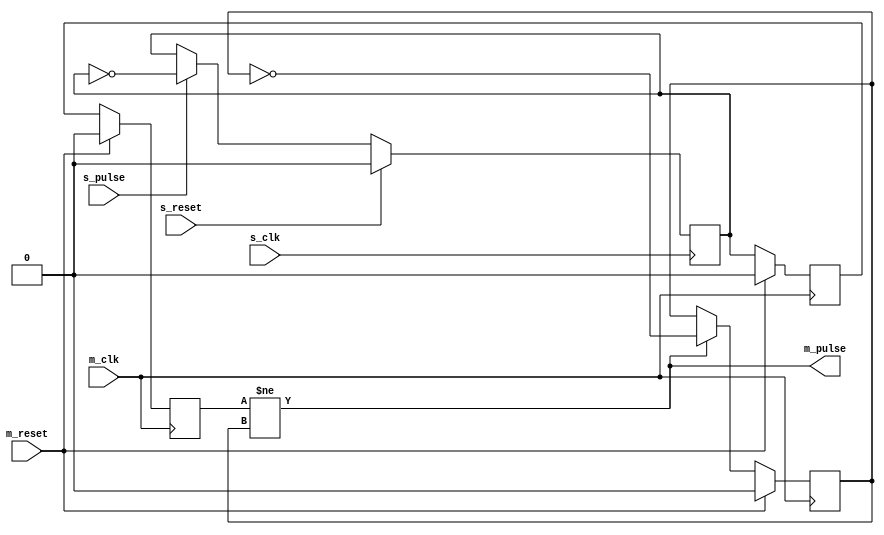
// This program was cloned from: https://github.com/ryuz/jelly
// License: MIT License

// ---------------------------------------------------------------------------
//  Jelly  -- The platform for real-time computing
//
//                                 Copyright (C) 2008-2020 by Ryuz
//                                 https://github.com/ryuz/jelly.git
// ---------------------------------------------------------------------------



`timescale 1ns / 1ps
`default_nettype none



// pulse clock convert
module jelly_pulse_async
        #(
            parameter   ASYNC = 1
        )
        (
            input   wire                        s_reset,
            input   wire                        s_clk,
            input   wire                        s_pulse,
            
            input   wire                        m_reset,
            input   wire                        m_clk,
            output  wire                        m_pulse
        );
    
    generate
    if ( ASYNC ) begin : blk_async
        // semaphore
                                    reg                         reg_s_sem0;
        
        (* ASYNC_REG = "true" *)    reg                         reg_m_sem0_ff;
                                    reg                         reg_m_sem0;
                                    reg                         reg_m_sem1;
        
        
        
        // slave
        always @(posedge s_clk) begin
            if ( s_reset ) begin
                reg_s_sem0 <= 1'b0;
            end
            else begin
                if ( s_pulse ) begin
                    reg_s_sem0 <= ~reg_s_sem0;
                end
            end
        end
        
        
        // master
        always @(posedge m_clk) begin
            if ( m_reset ) begin
                reg_m_sem0_ff <= 1'b0;
                reg_m_sem0    <= 1'b0;
                reg_m_sem1    <= 1'b0;
            end
            else begin
                // double latch
                reg_m_sem0_ff <= reg_s_sem0;
                reg_m_sem0    <= reg_m_sem0_ff;
                
                if ( m_pulse ) begin
                    reg_m_sem1 <= ~reg_m_sem1;
                end
            end
        end
        
        assign m_pulse = (reg_m_sem0 != reg_m_sem1);
    end
    else begin : blk_sync
        assign m_pulse = s_pulse;
    end
    endgenerate
    
    
endmodule


`default_nettype wire


// end of file